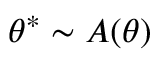
\theta ^ { * } \sim A ( \theta )